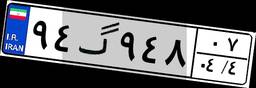
۲۸گ۱۳۷۴۷